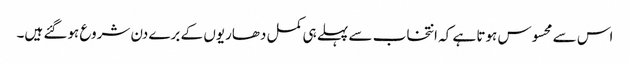
اس سے محسوس ہوتا ہے کہ انتخاب سے پہلے ہی کمل دھاریوں کے برے دن شروع ہوگئے ہیں۔